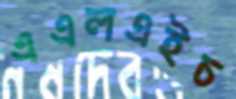
এএলএইচ